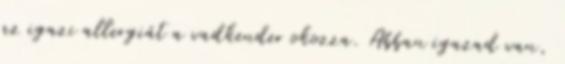
az igazi allergiát a vadkender okozza. Abban igazad van,